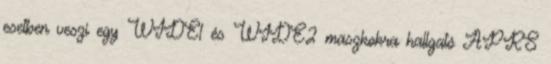
esetben veszi egy WIDE1 és WIDE2 maszkokra hallgató APRS